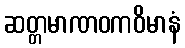
ဆတ္တမာဏဝကဝိမာနံ